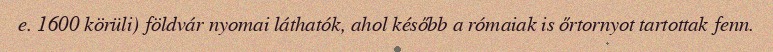
e. 1600 körüli) földvár nyomai láthatók, ahol később a rómaiak is őrtornyot tartottak fenn.